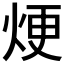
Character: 𪸫